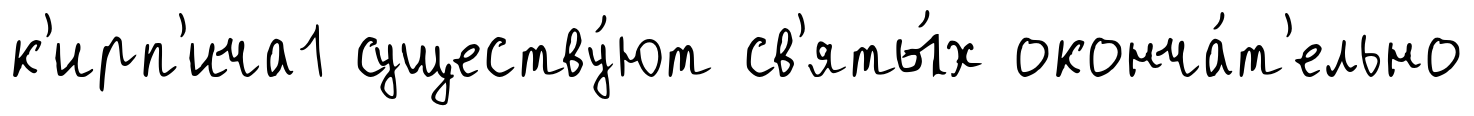
к'ирп'ича1 существу́ют св'яты́х оконча́т'ельно